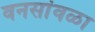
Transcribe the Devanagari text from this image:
वनसांवळा